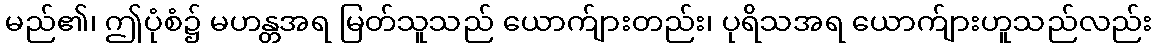
မည်၏၊ ဤပုံစံ၌ မဟန္တအရ မြတ်သူသည် ယောက်ျားတည်း၊ ပုရိသအရ ယောက်ျားဟူသည်လည်း